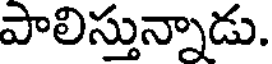
పాలిస్తున్నాడు.